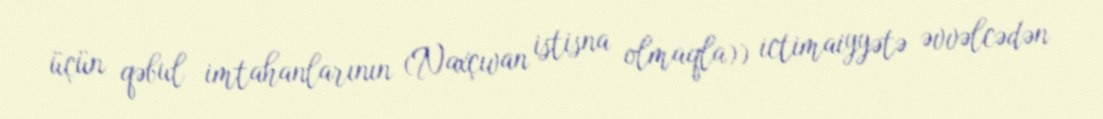
üçün qəbul imtahanlarının (Naxçıvan istisna olmaqla)) ictimaiyyətə əvvəlcədən